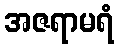
အဇရာမရံ